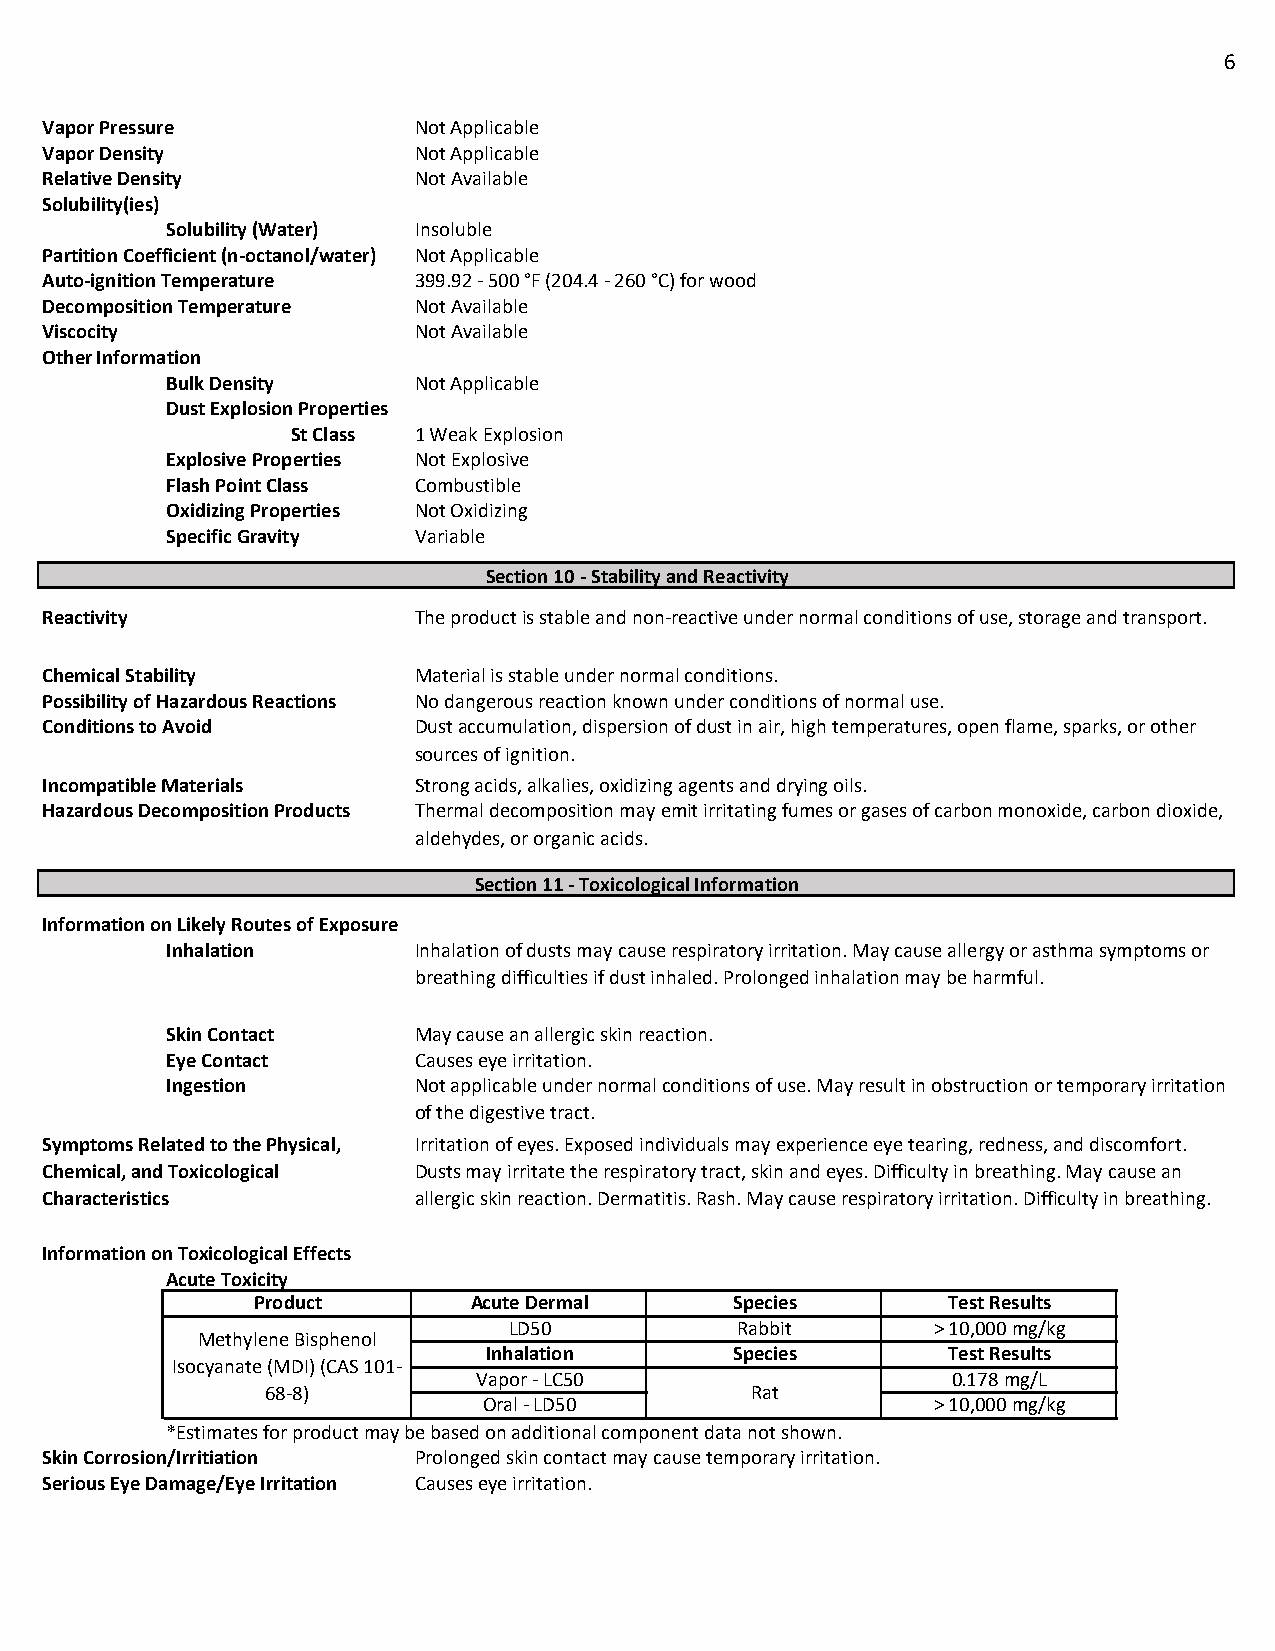
6
 Vapor Pressure          Not Applicable
 Vapor Density           Not Applicable
 Relative Density        Not Available
 Solubility(ies)
 Solubility (Water) Insoluble
 Partition Coefficient (n-octanol/water) Not Applicable
 Auto-ignition Temperature 399.92 - 500 °F (204.4 - 260 °C) for wood
 Decomposition Temperature Not Available
 Viscocity               Not Available
 Other Information
 Bulk Density    Not Applicable
 Dust Explosion Properties
 St Class 1 Weak Explosion
 Explosive Properties Not Explosive
 Flash Point Class Combustible
 Oxidizing Properties Not Oxidizing
 Specific Gravity Variable
 Section 10 - Stability and Reactivity
 Reactivity              The product is stable and non-reactive under normal conditions of use, storage and transport.
 Chemical Stability      Material is stable under normal conditions.
 Possibility of Hazardous Reactions No dangerous reaction known under conditions of normal use.
 Conditions to Avoid     Dust accumulation, dispersion of dust in air, high temperatures, open flame, sparks, or other
 sources of ignition.
 Incompatible Materials  Strong acids, alkalies, oxidizing agents and drying oils.
 Hazardous Decomposition Products Thermal decomposition may emit irritating fumes or gases of carbon monoxide, carbon dioxide,
 aldehydes, or organic acids.
 Section 11 - Toxicological Information
 Information on Likely Routes of Exposure
 Inhalation      Inhalation of dusts may cause respiratory irritation. May cause allergy or asthma symptoms or
 breathing difficulties if dust inhaled. Prolonged inhalation may be harmful.
 Skin Contact    May cause an allergic skin reaction.
 Eye Contact     Causes eye irritation.
 Ingestion       Not applicable under normal conditions of use. May result in obstruction or temporary irritation
 of the digestive tract.
 Symptoms Related to the Physical, Irritation of eyes. Exposed individuals may experience eye tearing, redness, and discomfort.
 Chemical, and Toxicological Dusts may irritate the respiratory tract, skin and eyes. Difficulty in breathing. May cause an
 Characteristics         allergic skin reaction. Dermatitis. Rash. May cause respiratory irritation. Difficulty in breathing.
 Information on Toxicological Effects
 Acute Toxicity
 Product       Acute Dermal      Species       Test Results
 LD50           Rabbit       > 10,000 mg/kg
 Methylene Bisphenol
 Inhalation       Species       Test Results
 Isocyanate (MDI) (CAS 101-
 Vapor - LC50                   0.178 mg/L
 68-8)                           Rat
 Oral - LD50                   > 10,000 mg/kg
 *Estimates for product may be based on additional component data not shown.
 Skin Corrosion/Irritiation Prolonged skin contact may cause temporary irritation.
 Serious Eye Damage/Eye Irritation Causes eye irritation.